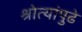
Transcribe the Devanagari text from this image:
श्रोत्यांपुढे